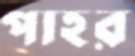
পাহর